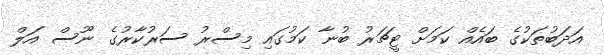
އަދަބުތަކުގެ ބައެއް ކަމަށް ޓީޗަރު ބުނާ ކަމުގައި މިސްރު ސަރުކާރުގެ ނޫސް އަލް